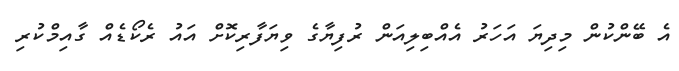
އެ ބޭންކުން މިދިޔަ އަހަރު އެއްބިލިއަން ރުފިޔާގެ ވިޔަފާރިކޮށް އައު ރެކޯޑެއް ގާއިމްކުރި